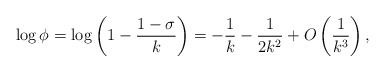
\begin{align*}\log \phi=\log \left( 1-\frac{1-\sigma}{k}\right)=-\frac{1}{k}-\frac{1}{2k^2}+O\left(\frac{1}{k^3}\right),\end{align*}